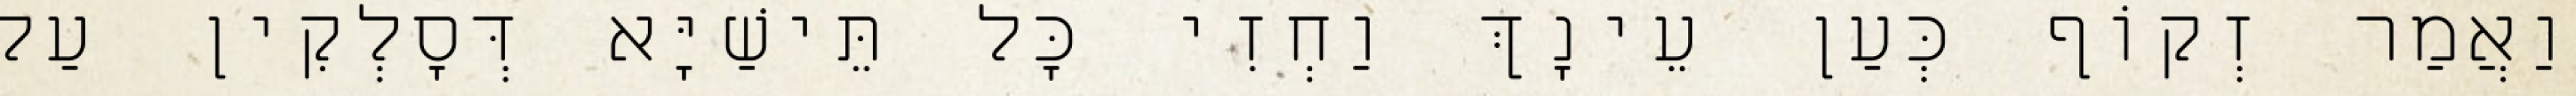
וַאֲמַר זְקוֹף כְּעַן עֵינָךְ וַחְזִי כָּל תֵּישַׁיָּא דְּסָלְקִין עַל